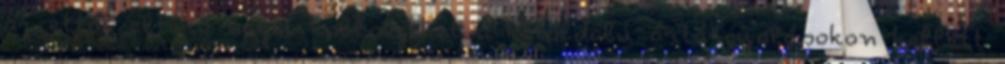
az ettől eltérő hazai költségeket a kétoldalú ártárgyalásokon kellett